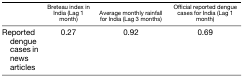
<table><thead><tr><td></td><td><b>Breteau index in India (Lag 1 month)</b></td><td><b>Average monthly rainfall for India (Lag 3 months)</b></td><td><b>Official reported dengue cases for India (Lag 1 month)</b></td></tr></thead><tbody><tr><td>Reported dengue cases in news articles</td><td>0.27</td><td>0.92</td><td>0.69</td></tr></tbody></table>